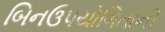
બિનઉપયોગિતાની